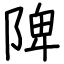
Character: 陴